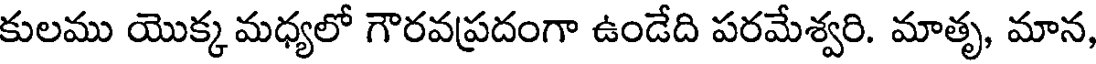
కులము యొక్క మధ్యలో గౌరవప్రదంగా ఉండేది పరమేశ్వరి. మాతృ, మాన,